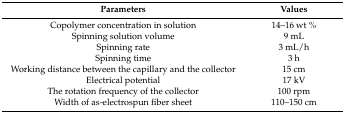
| Parameters | Values |
 | --- | --- |
 | Copolymer concentration in solution | 14–16 wt % |
 | Spinning solution volume | 9 mL |
 | Spinning rate | 3 mL/h |
 | Spinning time | 3 h |
 | Working distance between the capillary and the collector | 15 cm |
 | Electrical potential | 17 kV |
 | The rotation frequency of the collector | 100 rpm |
 | Width of as-electrospun fiber sheet | 110–150 cm |